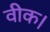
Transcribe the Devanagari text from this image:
वीक।